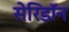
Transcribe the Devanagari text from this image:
सेरिडॉन